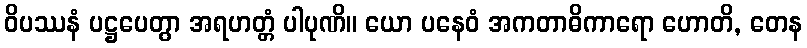
ဝိပဿနံ ပဋ္ဌပေတွာ အရဟတ္တံ ပါပုဏိ။ ယော ပနေဝံ အကတာဓိကာရော ဟောတိ, တေန